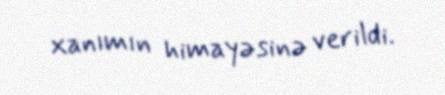
xanımın himayəsinə verildi.